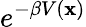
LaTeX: e^{-\beta V(\mathbf{x})}